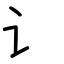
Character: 讠